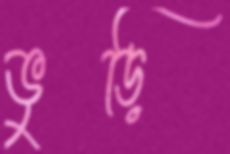
ভুড়ি